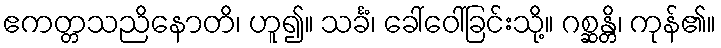
ဧကတ္တသညိနောတိ၊ ဟူ၍။ သင်္ခံ၊ ခေါ်ဝေါ်ခြင်းသို့။ ဂစ္ဆန္တိ၊ ကုန်၏။